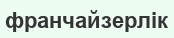
франчайзерлік